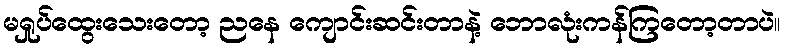
မရှုပ်ထွေးသေးတော့ ညနေ ကျောင်းဆင်းတာနဲ့ ဘောလုံးကန်ကြတော့တာပဲ။